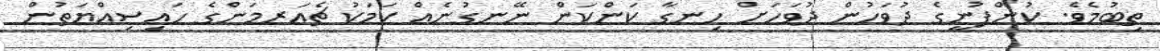
ތިބުމެވެ. ކުންފުނީގެ ދުވަހުން ދުވަހަށް ހިނގާ ކަންކަން ނޭނގުނެއް ކަމަކު ޗެއަރމަންގެ ހައިސިއްޔަތުން